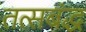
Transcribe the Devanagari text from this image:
तत्सबंद्ध